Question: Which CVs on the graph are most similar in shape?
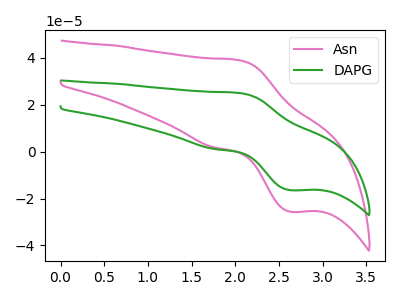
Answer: <think>The pink curve "Asn" has an anodic peak at (2.05V, 39.05uA) and a cathodic peak at (2.65V, -25.65uA). The green curve "DAPG" has an anodic peak at (2.05V, 25.00uA) and a cathodic peak at (2.65V, -16.45uA).
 All the peaks in "Asn" have a peak in "DAPG" at the same potential. Every peak in "Asn" is higher than every peak in "DAPG".</think>
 <answer>"Asn" and "DAPG" have the same shape and are likely CV's of the same chemical.</answer>
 <eval>"Asn" "DAPG"</eval>